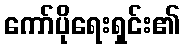
ကော်ပိုရေးရှင်း၏